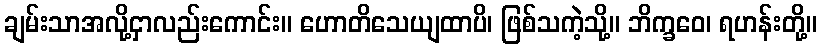
ချမ်းသာအလို့ငှာလည်းကောင်း။ ဟောတိသေယျထာပိ၊ ဖြစ်သကဲ့သို့။ ဘိက္ခဝေ၊ ရဟန်းတို့။